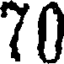
70